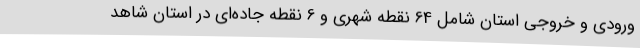
ورودی و خروجی استان شامل 64 نقطه شهری و 6 نقطه جاده‌ای در استان شاهد